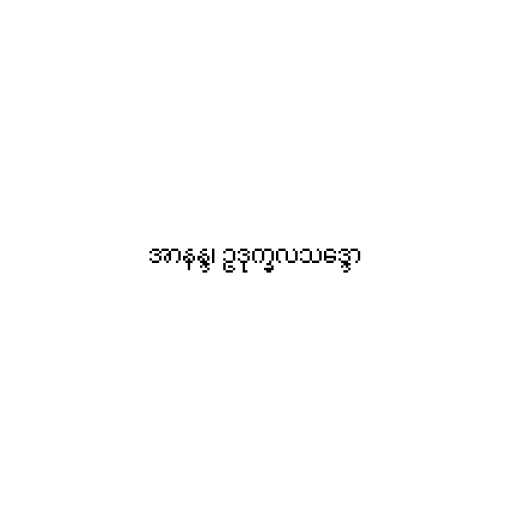
အာနန္ဒ၊ ဥဒုက္ခလသဒ္ဒော